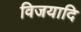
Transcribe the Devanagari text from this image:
विजयादि